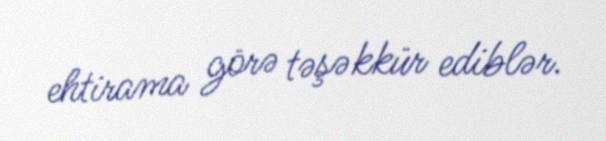
ehtirama görə təşəkkür ediblər.